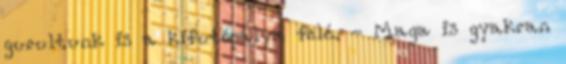
gurultunk is a kifutópálya felé. - Maga is gyakran